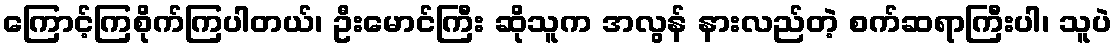
ကြောင့်ကြစိုက်ကြပါတယ်၊ ဦးမောင်ကြီး ဆိုသူက အလွန် နားလည်တဲ့ စက်ဆရာကြီးပါ၊ သူပဲ